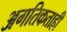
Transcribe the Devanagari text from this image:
अगतिकताही